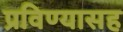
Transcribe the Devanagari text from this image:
प्रविण्यासह